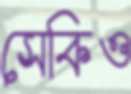
সেকিও